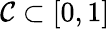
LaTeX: {\mathcal{C}}\subset[0,1]